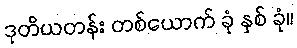
ဒုတိယတန်း တစ်ယောက် ခုံ နှစ် ခုံ။